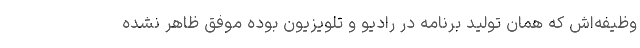
وظیفه‌اش که همان تولید برنامه در رادیو و تلویزیون بوده موفق ظاهر نشده